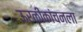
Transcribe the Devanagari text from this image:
ऊरळीकांचनला